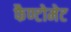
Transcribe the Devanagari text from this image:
फैण्टोमेट